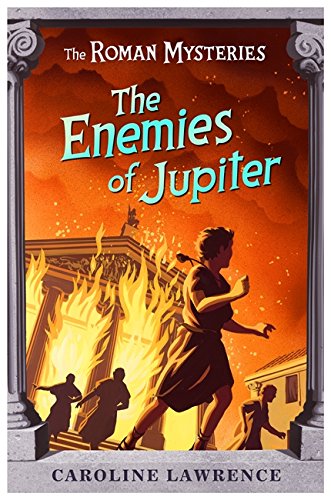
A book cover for The Enemies of Jupiter (The Roman Mysteries); Caroline Lawrence; Teen & Young Adult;